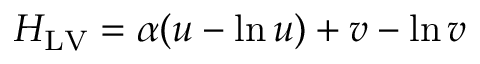
H _ { \mathrm { L V } } = \alpha ( u - \ln u ) + v - \ln v